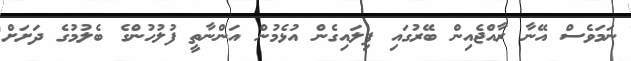
ނަމަވެސް އޭނާ ރާއްޖެއިން ބޭރުގައި ފިލައިގެން އުޅެމުން އަންނާތީ ފުލުހުންގެ ބެލުމުގެ ދަށަށް